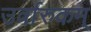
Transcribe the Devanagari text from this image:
उर्वारुकम्